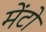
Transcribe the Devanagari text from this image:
मेंटो